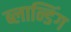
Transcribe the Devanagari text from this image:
ब्लान्डिंग